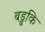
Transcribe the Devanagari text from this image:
बड्ढकि